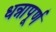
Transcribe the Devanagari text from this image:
धन्नापूर्ण